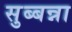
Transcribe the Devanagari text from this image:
सुब्बन्ना